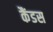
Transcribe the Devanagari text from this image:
कैंडस